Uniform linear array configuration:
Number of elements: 24
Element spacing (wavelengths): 0.5
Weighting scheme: exponential
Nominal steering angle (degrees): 60
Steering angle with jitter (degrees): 61.687
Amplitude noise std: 0.05
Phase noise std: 0.05

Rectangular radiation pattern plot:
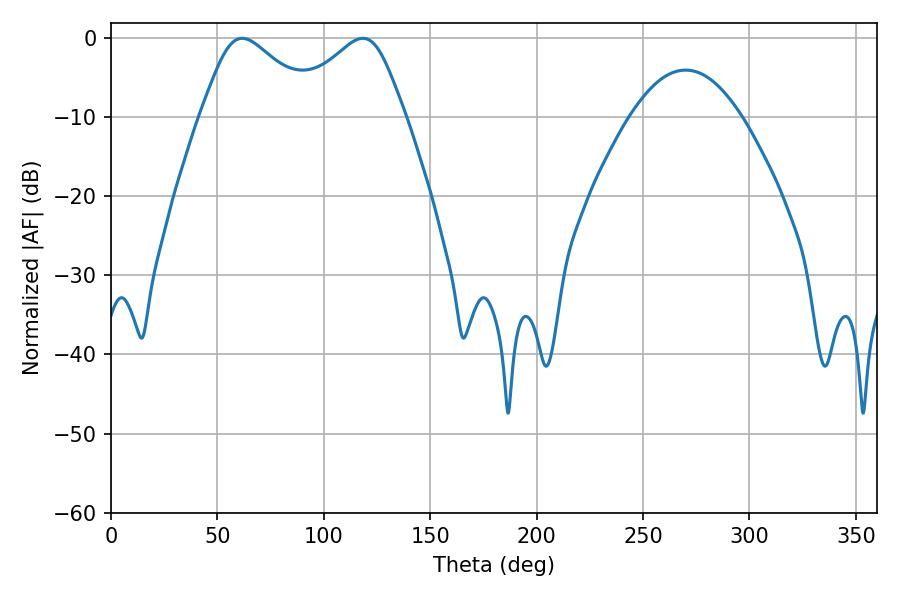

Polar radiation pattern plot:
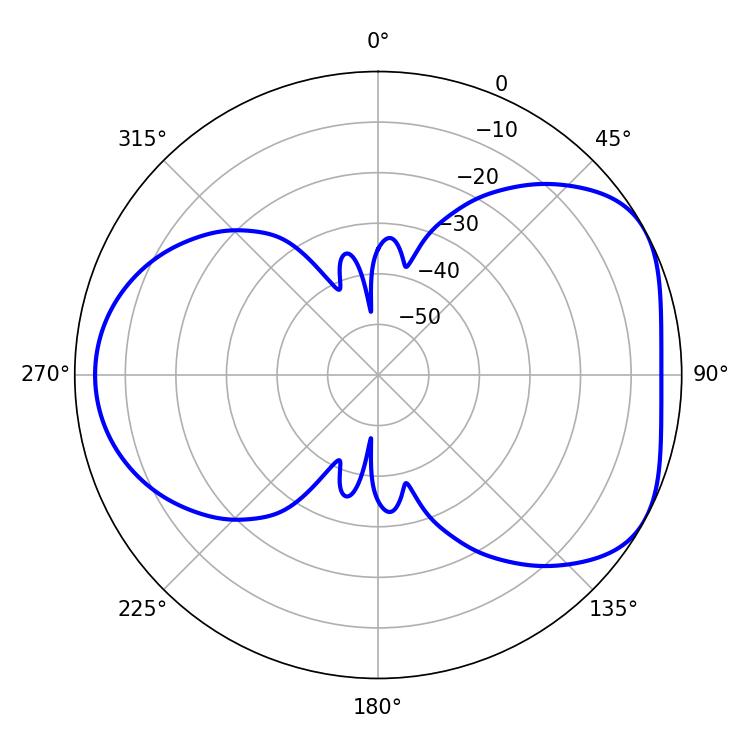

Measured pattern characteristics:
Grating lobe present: FALSE
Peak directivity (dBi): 4.871
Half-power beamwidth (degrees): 27.54
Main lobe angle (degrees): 61.74